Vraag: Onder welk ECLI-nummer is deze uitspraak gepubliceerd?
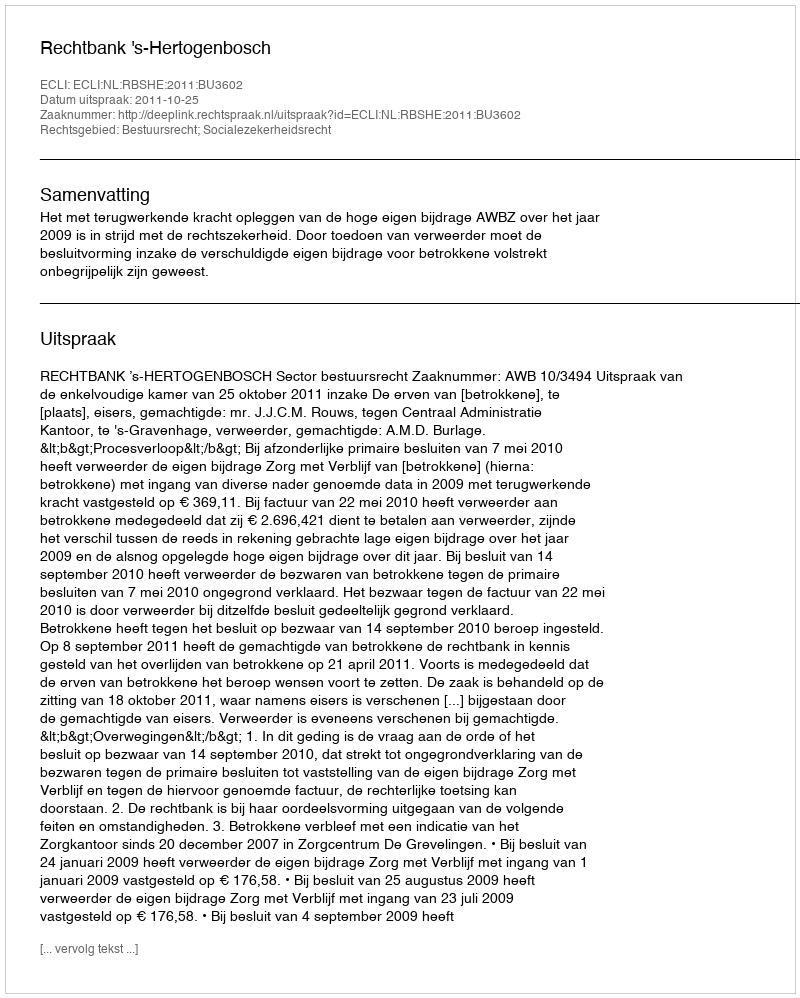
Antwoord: ECLI:NL:RBSHE:2011:BU3602